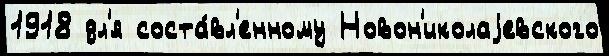
1918 дл'я соста́вл'енному Новон'иколаjевского